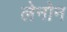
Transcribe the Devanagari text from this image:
लेनोन